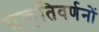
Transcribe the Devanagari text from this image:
प्रकृतिवर्णनों